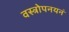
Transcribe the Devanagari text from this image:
वस्त्रोपनयनं